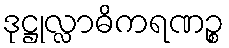
ဒုဋ္ဌုလ္လာဓိကရဏဉ္စ